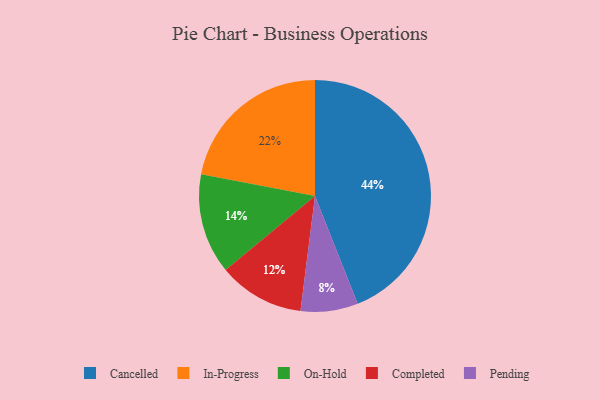
{"axis": {"x": "Category", "y": "Percentage"}, "legend": ["Cancelled", "Completed", "In-Progress", "On-Hold", "Pending"], "data": [{"x": "On-Hold", "y": 14, "type": "On-Hold"}, {"x": "Pending", "y": 8, "type": "Pending"}, {"x": "Completed", "y": 12, "type": "Completed"}, {"x": "Cancelled", "y": 44, "type": "Cancelled"}, {"x": "In-Progress", "y": 22, "type": "In-Progress"}]}